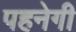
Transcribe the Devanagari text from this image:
पहनेगी